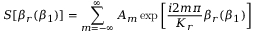
S [ \beta _ { r } ( \beta _ { 1 } ) ] = \sum _ { m = - \infty } ^ { \infty } A _ { m } \exp \left[ \frac { i 2 m \pi } { K _ { r } } \beta _ { r } ( \beta _ { 1 } ) \right]